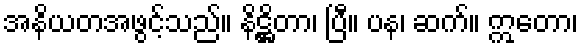
အနိယတအဖွင့်သည်။ နိဋ္ဌိတာ၊ ပြီ။ ပန၊ ဆက်။ ဣတော၊